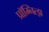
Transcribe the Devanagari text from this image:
प्रॉम्नित्झ